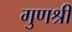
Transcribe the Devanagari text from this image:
गुणश्री